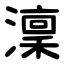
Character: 澟